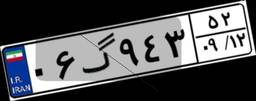
۰۶گ۹۴۳۵۲